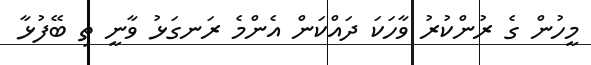
މީހުން ގެ ރުންކުރު ވާހަކަ ދައްކަން އެންމެ ރަނގަޅު ވާނީ ތި ބޭފުޅާ